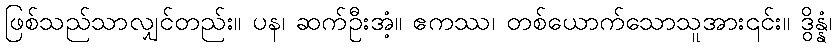
ဖြစ်သည်သာလျှင်တည်း။ ပန၊ ဆက်ဦးအံ့။ ဧကဿ၊ တစ်ယောက်သောသူအား၎င်း။ ဒွိန္နံ၊